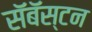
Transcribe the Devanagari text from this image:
सॅबॅस्टन